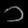
Digit: ၁